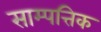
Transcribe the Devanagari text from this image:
साम्पत्तिक